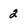
Character: 2